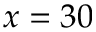
x = 3 0